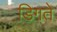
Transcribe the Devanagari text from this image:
डिगते